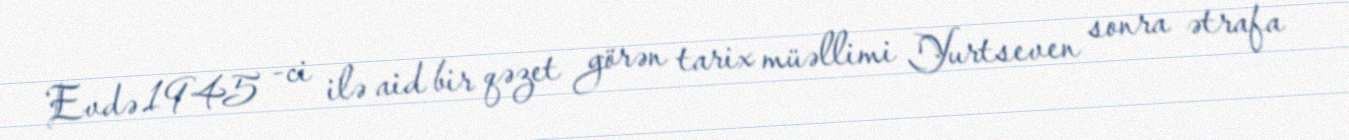
Evdə 1945 -ci ilə aid bir qəzet görən tarix müəllimi Yurtseven sonra ətrafa